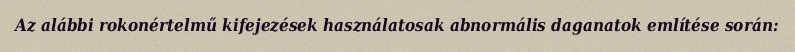
Az alábbi rokonértelmű kifejezések használatosak abnormális daganatok említése során: